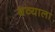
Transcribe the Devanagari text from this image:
थव्याला